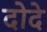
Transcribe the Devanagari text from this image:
दोदे